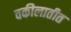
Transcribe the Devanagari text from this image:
वकीलातीत